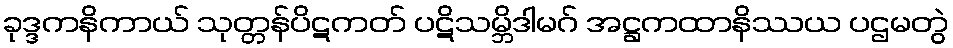
ခုဒ္ဒကနိကာယ် သုတ္တန်ပိဋကတ် ပဋိသမ္ဘိဒါမဂ် အဋ္ဌကထာနိဿယ ပဌမတွဲ